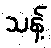
သန့်